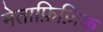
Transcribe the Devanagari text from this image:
मेताफ़िज़िक